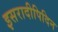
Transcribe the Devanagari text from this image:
इसरादीपिदिन